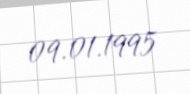
09.01.1995